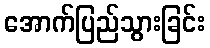
အောက်ပြည်သွားခြင်း